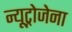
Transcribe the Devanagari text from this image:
न्यूट्रोजेना